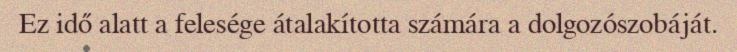
Ez idő alatt a felesége átalakította számára a dolgozószobáját.